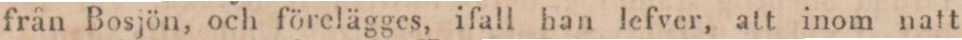
från Bosjön, och förelägges, ifall han lefver, att inom natt